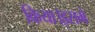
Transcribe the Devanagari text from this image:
किया।इसमें